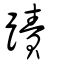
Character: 蹟